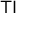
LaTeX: { \mathsf { T } } { \mathsf { I } }